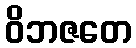
ဝိဘဇတေ